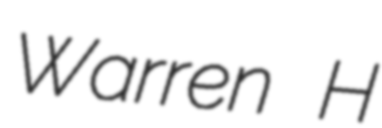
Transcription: Warren H